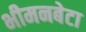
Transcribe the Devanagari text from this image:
भीमनबेटा